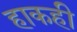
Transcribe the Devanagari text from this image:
हाकही